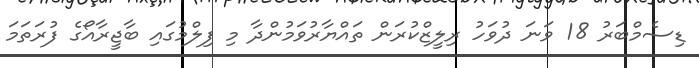
ޑިސެމްބަރު 18 ވަނަ ދުވަހު ރިލީޒްކުރަން ތައްޔާރުވަމުންދާ މި ފިލްމުގައި ބާޖީރާއޯގެ ފުރަތަމަ